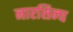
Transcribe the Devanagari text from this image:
नारसिन्घ